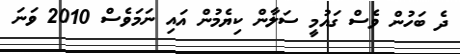
ދެ ބަހުން ވެސް ގައުމީ ސަލާން ކިޔެމުން އައި ނަމަވެސް 2010 ވަނަ